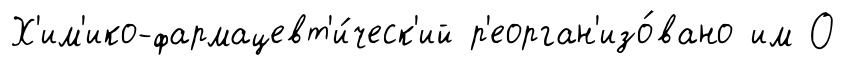
Х'им'ико-фармацевт'и́ческ'ий р'еорган'изо́вано им О